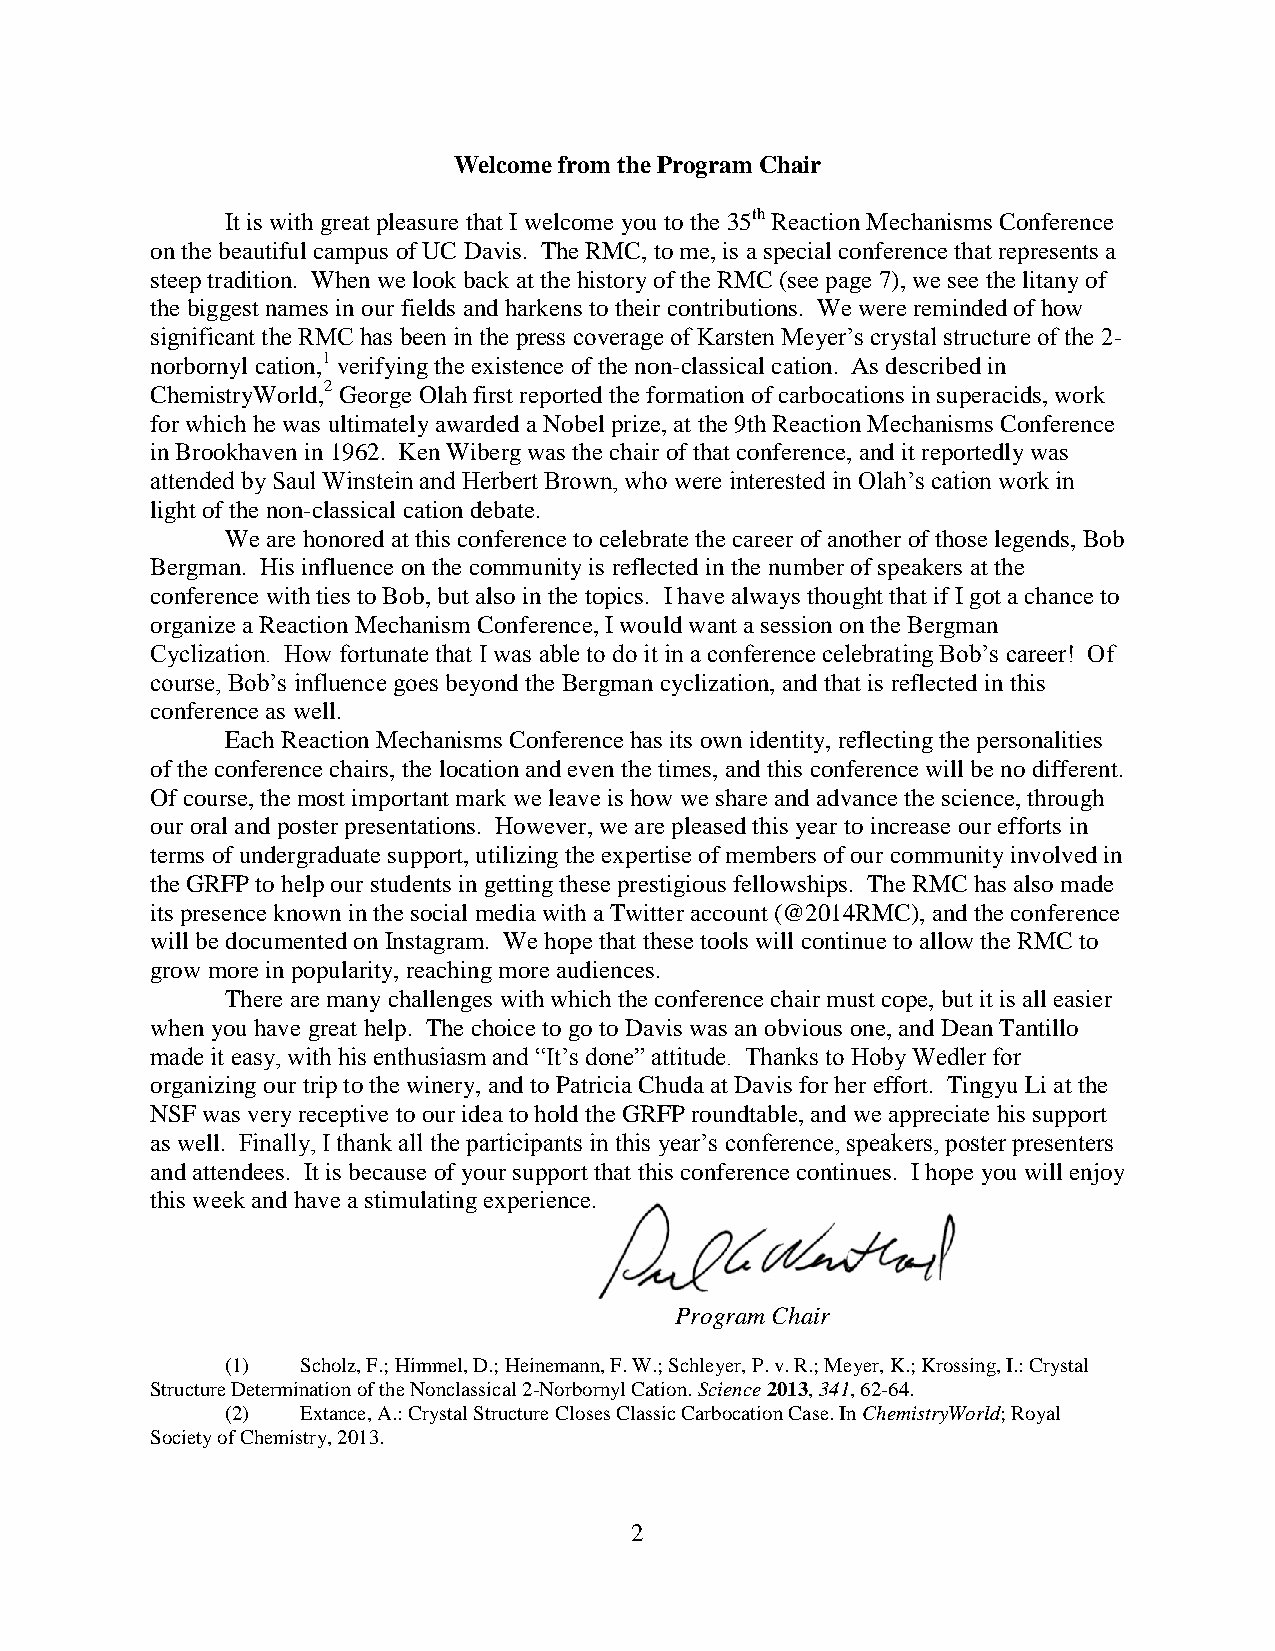
Welcome from the Program Chair
 It is with great pleasure that I welcome you to the 35th Reaction Mechanisms Conference
 on the beautiful campus of UC Davis. The RMC, to me, is a special conference that represents a
 steep tradition. When we look back at the history of the RMC (see page 7), we see the litany of
 the biggest names in our fields and harkens to their contributions. We were reminded of how
 significant the RMC has been in the press coverage of Karsten Meyer’s crystal structure of the 2-
 norbornyl cation,1 verifying the existence of the non-classical cation. As described in
 ChemistryWorld,2 George Olah first reported the formation of carbocations in superacids, work
 for which he was ultimately awarded a Nobel prize, at the 9th Reaction Mechanisms Conference
 in Brookhaven in 1962. Ken Wiberg was the chair of that conference, and it reportedly was
 attended by Saul Winstein and Herbert Brown, who were interested in Olah’s cation work in
 light of the non-classical cation debate.
 We are honored at this conference to celebrate the career of another of those legends, Bob
 Bergman. His influence on the community is reflected in the number of speakers at the
 conference with ties to Bob, but also in the topics. I have always thought that if I got a chance to
 organize a Reaction Mechanism Conference, I would want a session on the Bergman
 Cyclization. How fortunate that I was able to do it in a conference celebrating Bob’s career! Of
 course, Bob’s influence goes beyond the Bergman cyclization, and that is reflected in this
 conference as well.
 Each Reaction Mechanisms Conference has its own identity, reflecting the personalities
 of the conference chairs, the location and even the times, and this conference will be no different.
 Of course, the most important mark we leave is how we share and advance the science, through
 our oral and poster presentations. However, we are pleased this year to increase our efforts in
 terms of undergraduate support, utilizing the expertise of members of our community involved in
 the GRFP to help our students in getting these prestigious fellowships. The RMC has also made
 its presence known in the social media with a Twitter account (@2014RMC), and the conference
 will be documented on Instagram. We hope that these tools will continue to allow the RMC to
 grow more in popularity, reaching more audiences.
 There are many challenges with which the conference chair must cope, but it is all easier
 when you have great help. The choice to go to Davis was an obvious one, and Dean Tantillo
 made it easy, with his enthusiasm and “It’s done” attitude. Thanks to Hoby Wedler for
 organizing our trip to the winery, and to Patricia Chuda at Davis for her effort. Tingyu Li at the
 NSF was very receptive to our idea to hold the GRFP roundtable, and we appreciate his support
 as well. Finally, I thank all the participants in this year’s conference, speakers, poster presenters
 and attendees. It is because of your support that this conference continues. I hope you will enjoy
 this week and have a stimulating experience.
 Program Chair
 (1)  Scholz, F.; Himmel, D.; Heinemann, F. W.; Schleyer, P. v. R.; Meyer, K.; Krossing, I.: Crystal
 Structure Determination of the Nonclassical 2-Norbornyl Cation. Science 2013, 341, 62-64.
 (2)  Extance, A.: Crystal Structure Closes Classic Carbocation Case. In ChemistryWorld; Royal
 Society of Chemistry, 2013.
 2